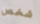
شخص